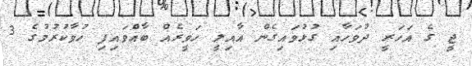
ޖީ ގެ އަހަރީ ދުވަހާއި ގުޅުވައިގެން އާއިލީ ހަވީރެއް ބާއްވައިފި ހުވާކުރުމުގެ 3